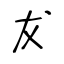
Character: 犮